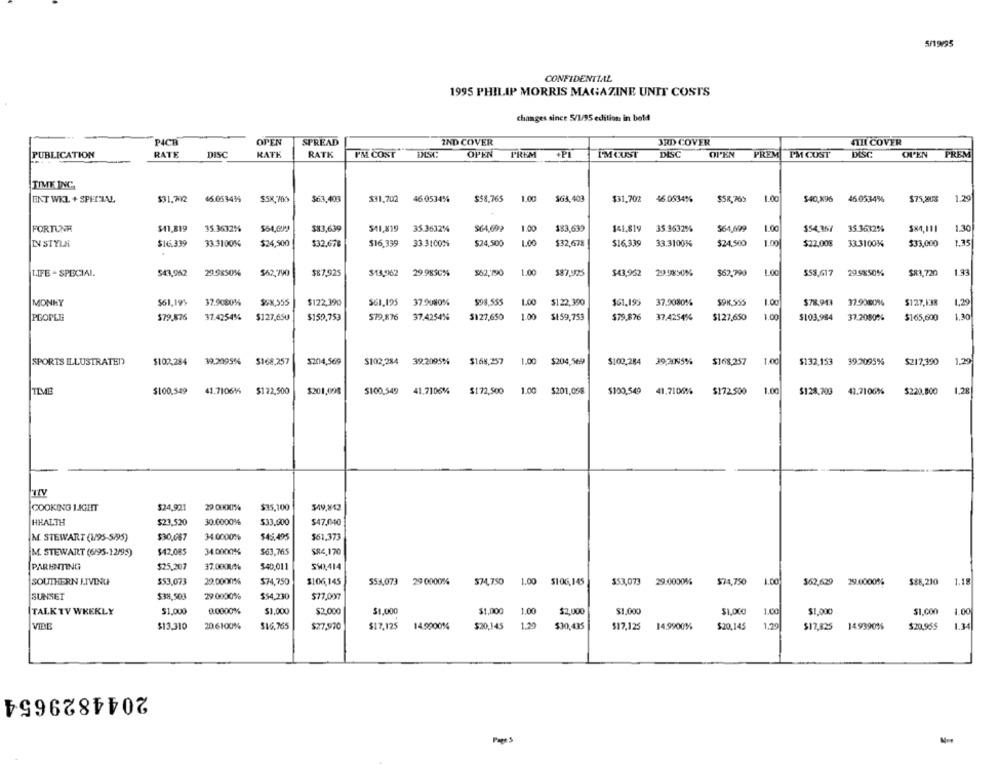
5/1995
CONFIDENTIAL
1995 PHILIP MORRIS MAGAZINE UNIT COSTS
changes since 5/1/35 edition in bold
P4CB
OPEN
SPREAD
IND COVER
3RD COVER
4TH COVER
PUBLICATION
RATE
DISC
RATE
RATK
PH CONT
DISC
OPEN
PREM
PI
I'MCUST
DISC
OPEN
PREM
PM CUST
DISC
OPEN
PREM
TIME INC.
ENT WKL + SPECIAL
$31.792
46.053434
$5X, 700
$63,403
$31,702
46.0534%
$58,765
1.00
$63,403
$31,702
46.0534%
$58,765
1.00
$40,896
46.0534%
$75,808
1.29
FORTUNE
$41.819
35.3632%
$83,639
541,819
35.3632%
$64,699
1.00
183,639
$41.819
35.3632%
$64,699
1.00
$54,367
35.3632%
$X4,111
1.30
ISTYLA
$16.339
33.3100%
$24,500
$32,678
$16.339
33 3100%
$24,500
1.00
$32,678
$16,339
33.3100%%
$24,500
1.00
$22,008
33.3100%
$33,000
1.35
LIFE - SPECIAL.
543,962
209850%
$62,790
$87,925
$13,962
29.9850%
$62,790
1.00
387,925
$43,962
29.98501%
$62.790
1.00
$53,617
299850%
$83,720
1.43
MONKY
561,195
37.9080%
S>X,555
$122,390
37.9080%
$98,555
1.00
$122,390
$61,195
37,9080%
1.00
$78.943
37.9080%
$127,138
1,29
PEOPLE
$79.876
37.4254%
$127,650
$159,753
579,876
37.4254%
$127,650
1.00
$159,753
$79.876
37.4254%
$127,650
1.00
$103.984
37,2090%
$165,600
1,30
$204,569
39.2095%
1.00
1.00
139
SPORTS ILLUSTRATED
$102,284
39.2095%
$168,257
$102.284
$168,257
$204,569
$102.284
39,2045%
$168,257
$132.153
39.2095%
$217,390
TIME
$100.549
41.71061
$122,500
$201,008
$100,549
41.7106%
$172,500
1.00
$201,058
$100,549
41.7106%
$172.500
1.00
$128,203
41.7100%
$220,800
1.28
COOKING LIGHT
$24,921
29.01KX%
$35,100
$49,842
HEALTH
$23,520
30.0000%
$47,040
$33.300
$30,087
$45,495
$61,373
M. STEWART (1/95-5/95)
34.0000%
$42,085
34.0000%
$63,765
$84,170
M. STEWART (6/95-12/95)
PARENTING
$25,207
37.0KM/%
540,011
SW2414
SOUTHERN LIVING
$53,073
29.0000%
$74,750
$106,145
553,073 29 0000%
$74,750
1.00
$106,145
$53,073 29.0000%
$74,750
1.00
$62,629
29.0000%
$88,210
1.18
SUNSET
$38,503
29.0000%
$54,230
$77,007
TALK TY WEEKLY
$1,000
0.0000%
$1,000
$2.000
$1,000
$1,000
1.00
$2.000
$1,000
$1.000
1.00
$1.000
SI.con
1.00
VIDE
$13,310
20.6100%
$16,765
$27,970
$17.125
14.9900%
$20,145
1.20
$30,435
$17,125
14.9900%
$20,145
1,29
$17,825
149390%
$20,955
1.34
2044829654